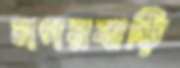
নগরবাড়ি